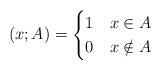
LaTeX: \begin{align*}\left(x; A\right)={\begin{cases} \text1&{}x \in A \\ 0 &{}x \notin A \end{cases}}\end{align*}